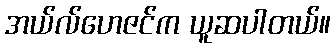
အယ်လ်ဟေဇင်က ယူဆပါတယ်။